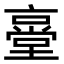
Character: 㙶